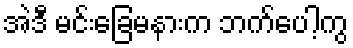
အဲဒီ မင်းခြေမနားက ဘက်ပေါ့ကွ